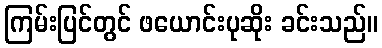
ကြမ်းပြင်တွင် ဖယောင်းပုဆိုး ခင်းသည်။